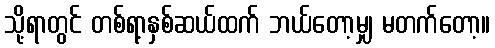
သို့ရာတွင် တစ်ရာ့နှစ်ဆယ်ထက် ဘယ်တော့မျှ မတက်တော့။